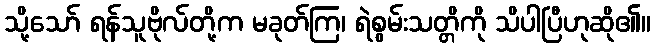
သို့သော် ရန်သူဗိုလ်တို့က မခုတ်ကြ၊ ရဲစွမ်းသတ္တိကို သိပါပြီဟုဆို၏။